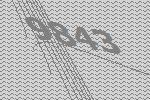
9843